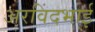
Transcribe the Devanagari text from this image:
अरविंदभाई